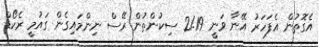
އެގޮތުން އެފަހަރު އޭނާ ވަނީ 21.19 ސިކުންތުން ރޭސް ނިންމައިގެން ގައުމީ ރެކޯޑް